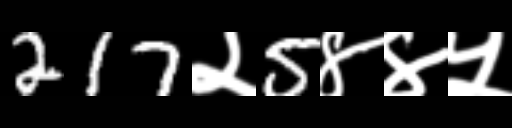
Text: 217२5४४५